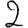
Digit: 2